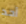
أحد